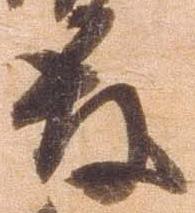
殿